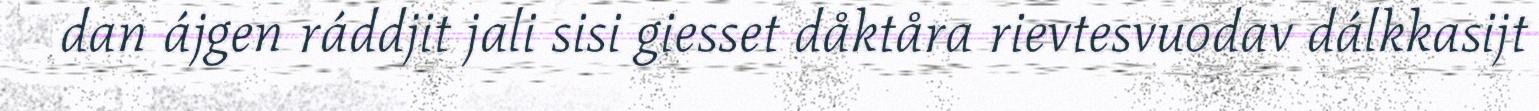
dan ájgen ráddjit jali sisi giesset dåktåra rievtesvuodav dálkkasijt